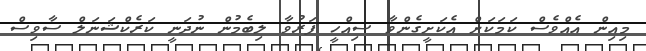
މިއިން އެއްވެސް ކަމަކަށް އެކަށީގެންވާ ސިއްހީ ފަރުވާ ލިބެމުން ނުދަނީ ކަރެކްޝަނަލް ސާވިސް